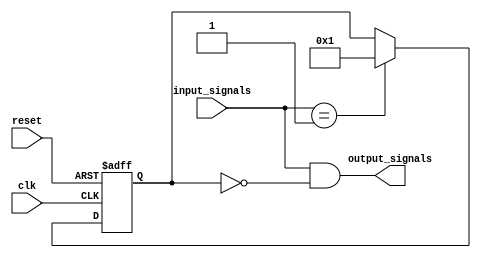
module Priority_Bypass_Register (
    input wire clk,
    input wire reset,
    input wire [7:0] input_signals,
    output reg [7:0] output_signals
);

reg [7:0] priority_signals;

always @(posedge clk or posedge reset) begin
    if (reset) begin
        priority_signals <= 8'b11111111; // set all signals as priority by default
    end else begin
        case(input_signals)
            // define which signals are high priority and should bypass the register
            8'b00000001: priority_signals <= 8'b00000001; // for example, signal 0 is high priority
            // add more cases as needed
        endcase
    end
end

always @(*) begin
    output_signals = input_signals & (~priority_signals);
end

endmodule